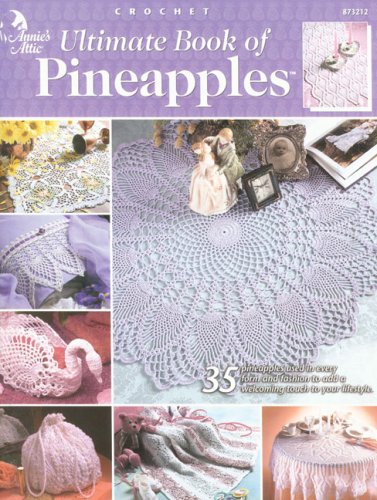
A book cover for Ultimate Book of Pineapples (Annie's Attic Crochet); Crafts, Hobbies & Home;